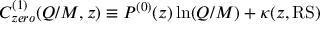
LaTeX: C _ { z e r o } ^ { ( 1 ) } ( Q / M , z ) \equiv P ^ { ( 0 ) } ( z ) \ln ( Q / M ) + \kappa ( z , \mathrm { R S } )